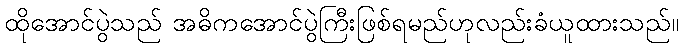
ထိုအောင်ပွဲသည် အဓိကအောင်ပွဲကြီးဖြစ်ရမည်ဟုလည်းခံယူထားသည်။